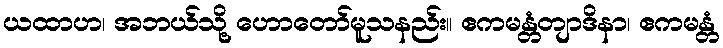
ယထာဟ၊ အဘယ်သို့ ဟောတော်မူသနည်း။ ဧကမန္တံတျာဒိနာ၊ ဧကမန္တံ